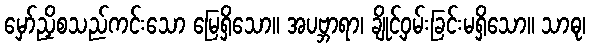
မှော်ညှိစသည်ကင်းသော မြေရှိသော။ အပဗ္ဘာရာ၊ ချိုင့်ဝှမ်းခြင်းမရှိသော။ သာဓု၊